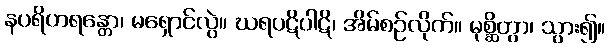
နပရိဟရန္တော၊ မရှောင်လွဲ။ ဃရပဋိပါဋိ၊ အိမ်စဉ်လိုက်။ မုစ္ဆိတွာ၊ သွား၍။